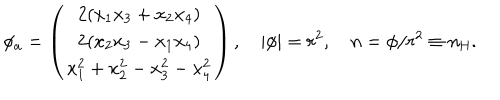
\phi _ { a } = \left( \begin{array} { c } { { 2 ( x _ { 1 } x _ { 3 } + x _ { 2 } x _ { 4 } ) } } \\ { { 2 ( x _ { 2 } x _ { 3 } - x _ { 1 } x _ { 4 } ) } } \\ { { x _ { 1 } ^ { 2 } + x _ { 2 } ^ { 2 } - x _ { 3 } ^ { 2 } - x _ { 4 } ^ { 2 } } } \\ \end{array} \right) , \quad | \phi | = r ^ { 2 } , \quad n = \phi / r ^ { 2 } \equiv n _ { \mathrm { H } } .